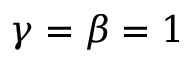
\gamma = \beta = 1